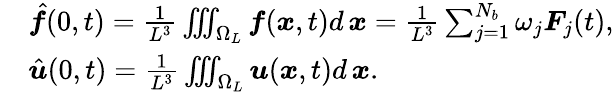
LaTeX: \begin{array}{rl}&{\hat{\boldsymbol f}(0,t)=\frac{1}{L^{3}}\iiint_{\Omega_{L}}\boldsymbol f(\boldsymbol x,t)d\, \boldsymbol x=\frac{1}{L^{3}}\sum_{j=1}^{N_{b}}\omega_{j}\boldsymbol F_{j}(t),}\\ &{\hat{\boldsymbol u}(0,t)=\frac{1}{L^{3}}\iiint_{\Omega_{L}}\boldsymbol u(\boldsymbol x,t)d\, \boldsymbol x.}\end{array}